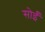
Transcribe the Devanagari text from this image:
सोईं